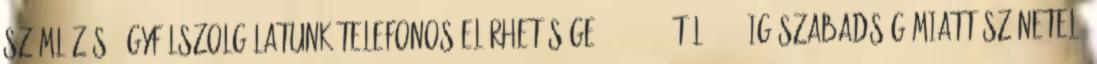
számlázás: Ügyfélszolgálatunk telefonos elérhetősége 2018.04.03-tól 04.06-ig szabadság miatt szünetel.